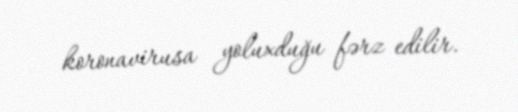
koronavirusa yoluxduğu fərz edilir.